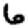
Digit: 6